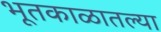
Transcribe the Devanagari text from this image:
भूतकाळातल्या